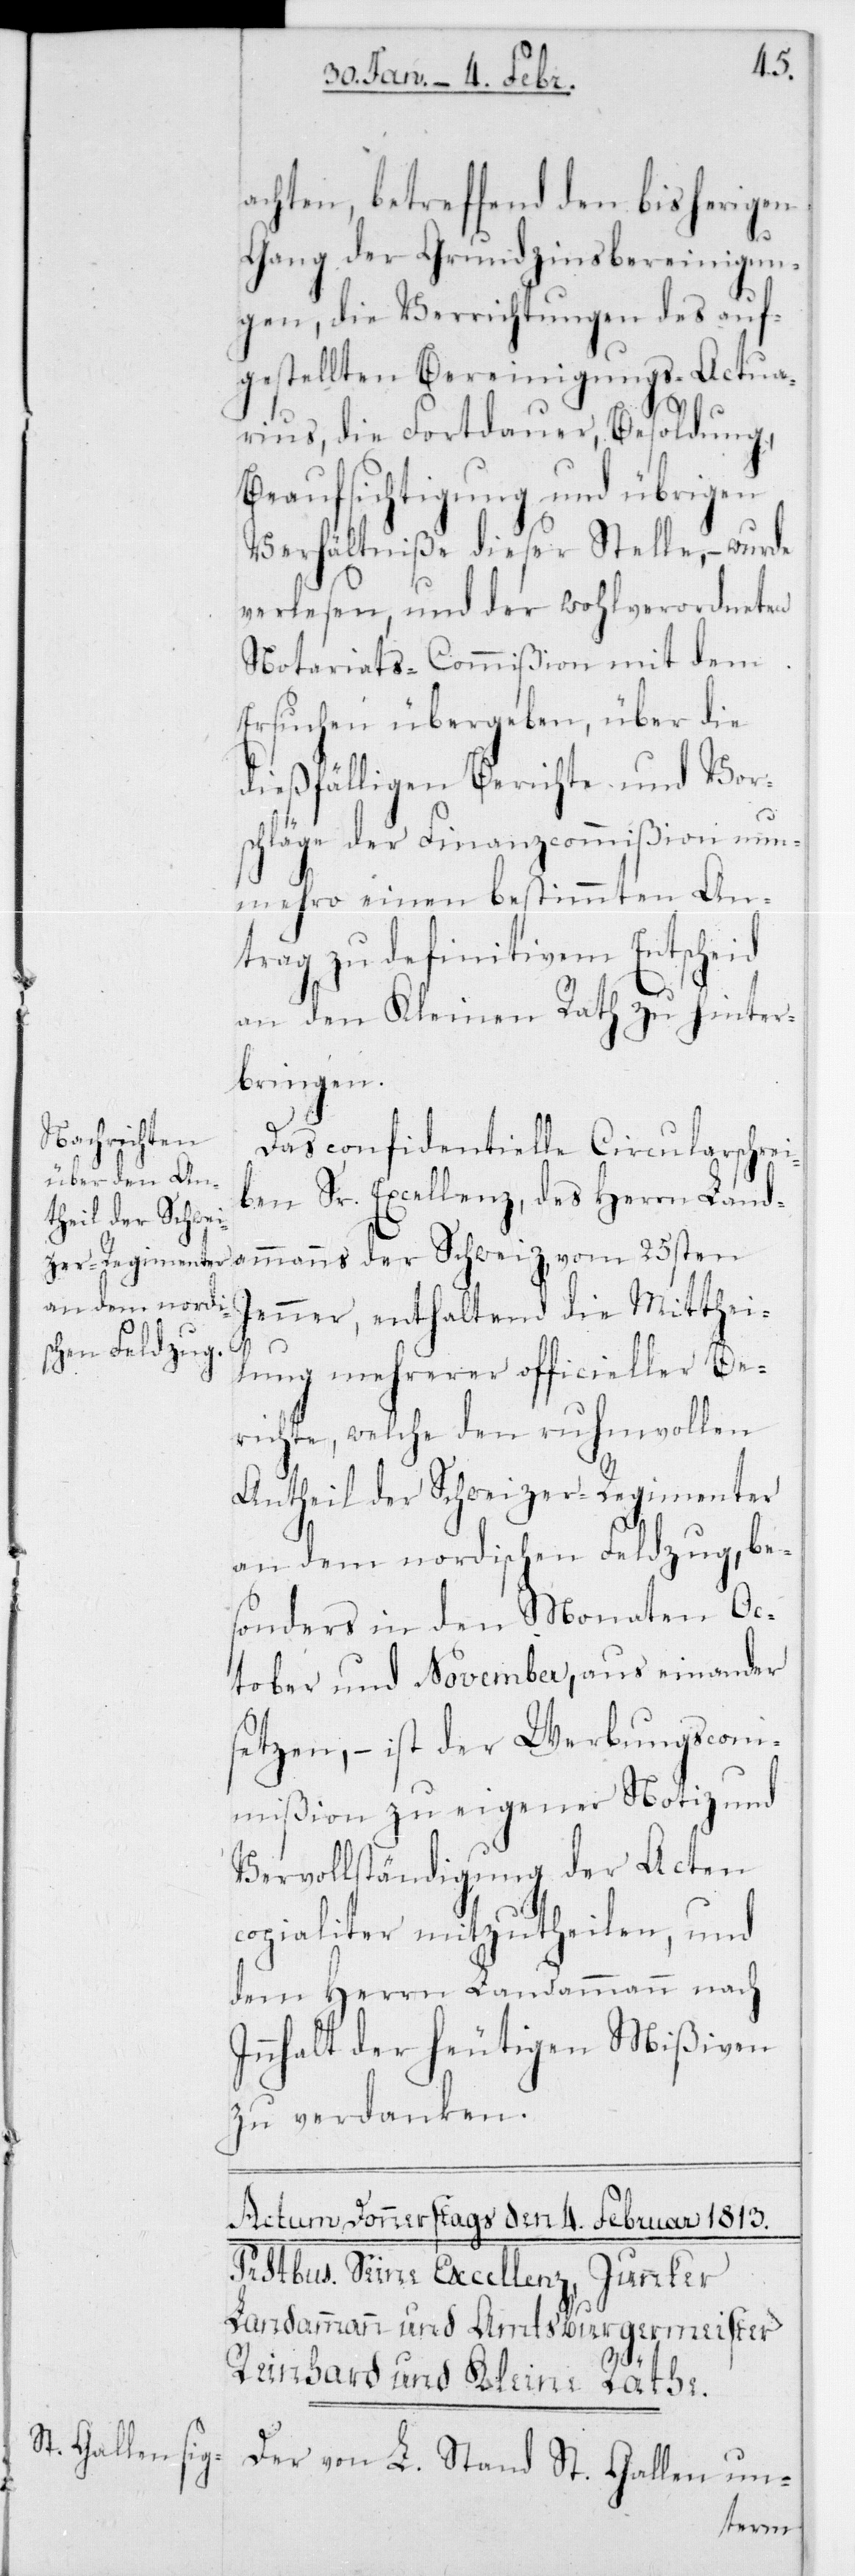
achten, betreffend den bisherigen
Gang der Grundzinsbereinigun¬
gen, die Verrichtungen des auf¬
gestellten Bereinigungs-Actua¬
rius, die Fortdauer, Besoldung,
Beaufsichtigung und übrigen
Verhältniße dieser Stelle, – wurde
verlesen, und der wohlverordneten
Notariats-Commißion mit dem
Ersuchen übergeben, über die
dießfälligen Berichte und Vor¬
schläge der Finanzcommißion nun¬
mehro einen bestimmten An¬
trag zu definitivem Entscheid
an den Kleinen Rath zu hinter¬
bringen.
Das confidentielle Circularschrei¬
ben Sr. Excellenz, des Herrn Landa¬
Jenner, enthaltend die Mitthei¬
lung mehrerer officieller Be¬
richte, welche den ruhmvollen
Antheil der Schweizer Regimenter
an dem nordischen Feldzug, be¬
sonders in den Monaten Oc¬
tober und November, aus einander
setzen, – ist der Werbungscom¬
mißion zu eigener Notiz und
Vervollständigung der Acten
copialiter mitzutheilen, und
dem Herrn Landammann nach
Inhalt der heutigen Mißiven
zu verdanken.
Der von L. Stand St. Gallen un-
mmanns